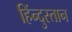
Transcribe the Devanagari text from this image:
हिंन्दुस्तान